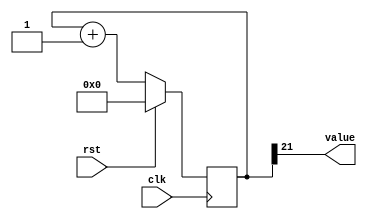
/*
   This file was generated automatically by the Mojo IDE version B1.3.3.
   Do not edit this file directly. Instead edit the original Lucid source.
   This is a temporary file and any changes made to it will be destroyed.
*/

/*
   Parameters:
     SIZE = 1
     DIV = 21
     TOP = 0
     UP = 1
*/
module counter_6 (
    input clk,
    input rst,
    output reg [0:0] value
  );
  
  localparam SIZE = 1'h1;
  localparam DIV = 5'h15;
  localparam TOP = 1'h0;
  localparam UP = 1'h1;
  
  
  reg [21:0] M_ctr_d, M_ctr_q = 1'h0;
  
  localparam MAX_VALUE = 22'h1fffff;
  
  always @* begin
    M_ctr_d = M_ctr_q;
    
    value = M_ctr_q[21+0-:1];
    if (1'h1) begin
      M_ctr_d = M_ctr_q + 1'h1;
      if (1'h0 && M_ctr_q == 22'h1fffff) begin
        M_ctr_d = 1'h0;
      end
    end else begin
      M_ctr_d = M_ctr_q - 1'h1;
      if (1'h0 && M_ctr_q == 1'h0) begin
        M_ctr_d = 22'h1fffff;
      end
    end
  end
  
  always @(posedge clk) begin
    if (rst == 1'b1) begin
      M_ctr_q <= 1'h0;
    end else begin
      M_ctr_q <= M_ctr_d;
    end
  end
  
endmodule